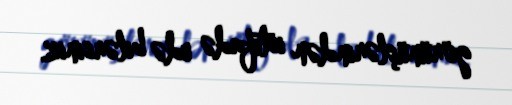
görünüşlərindən istifadə edə bilərsiniz.